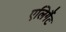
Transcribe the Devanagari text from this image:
एलिगैंट